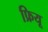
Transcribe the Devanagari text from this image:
फ्रियू